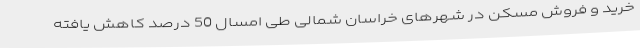
خرید و فروش مسکن در شهرهای خراسان شمالی طی امسال 50 درصد کاهش یافته